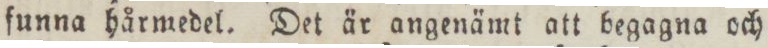
funna hårmedel. Det är angenämt att begagna och